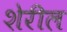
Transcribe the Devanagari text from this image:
शेरील